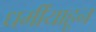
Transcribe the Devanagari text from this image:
धर्मींयाहून